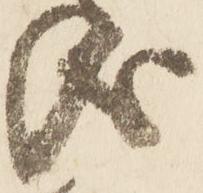
儀